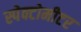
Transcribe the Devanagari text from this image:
स्पेक्टोमीटर